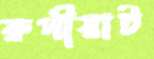
রুপীয়াট